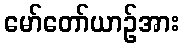
မော်တော်ယာဉ်အား